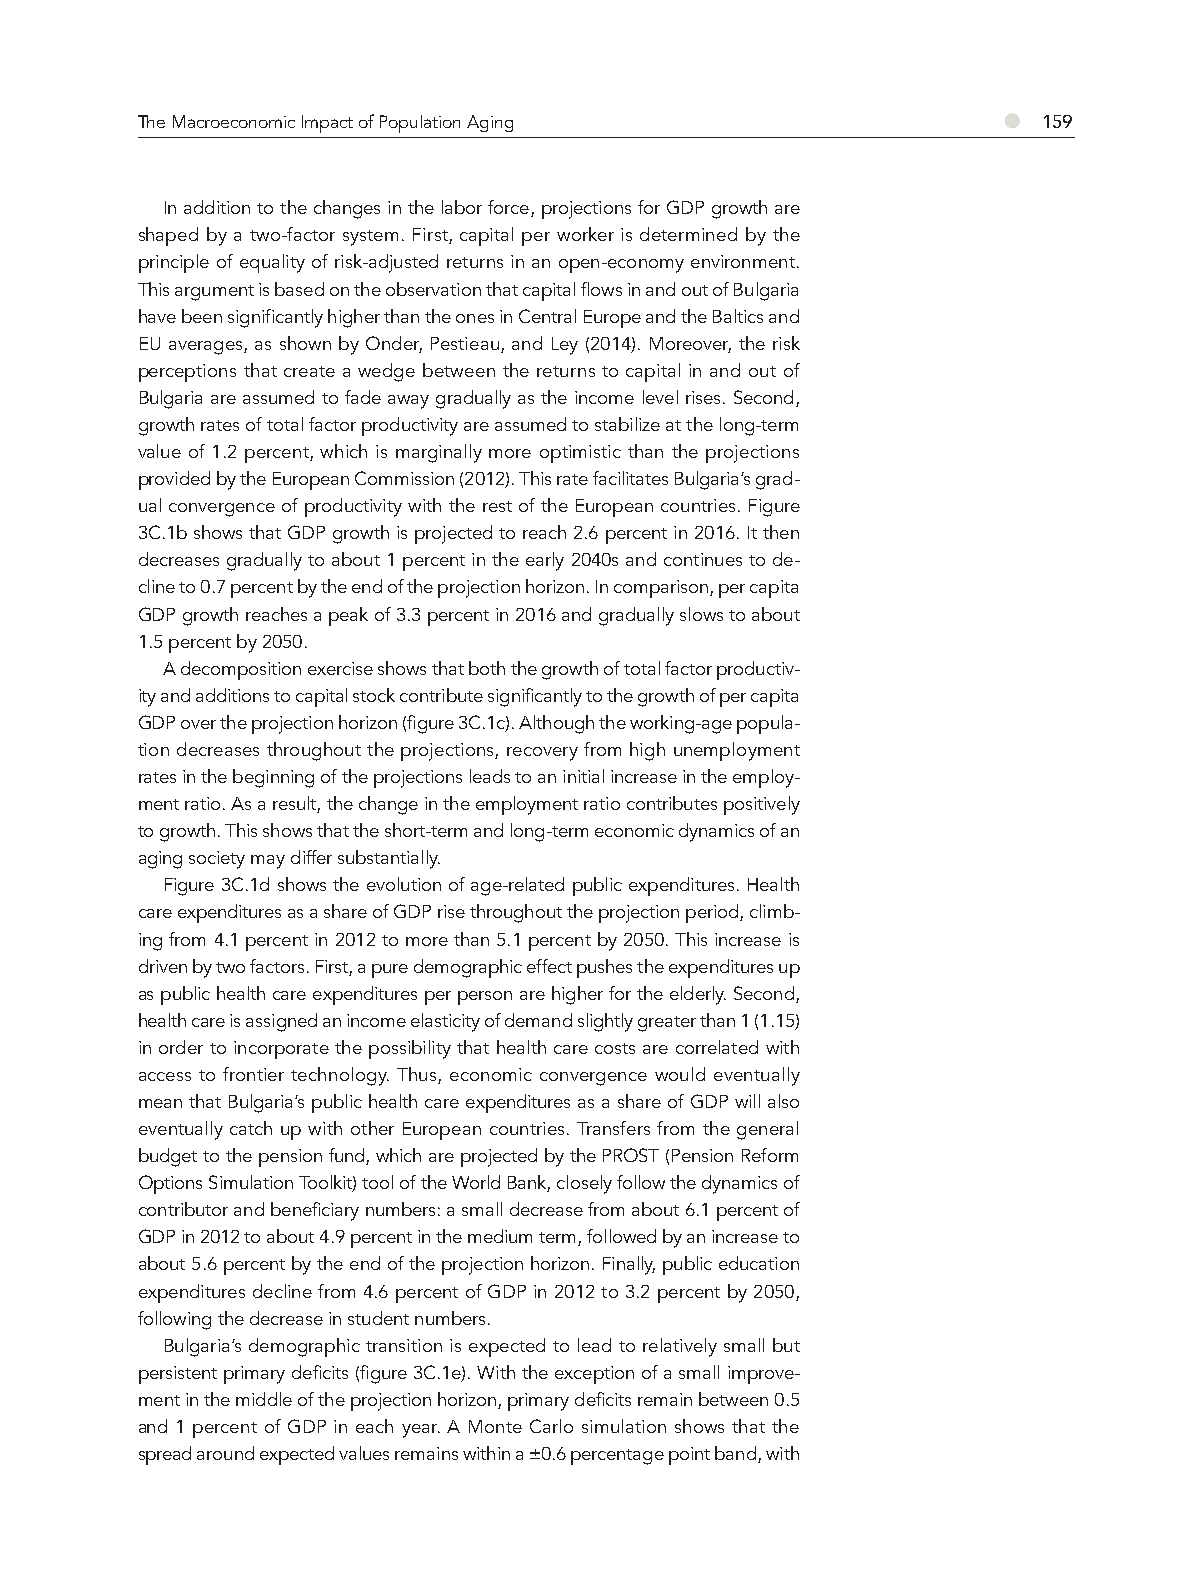
●
 The Macroeconomic Impact of Population Aging                159
 In addition to the changes in the labor force, projections for GDP growth are
 shaped by a two-factor system. First, capital per worker is determined by the
 principle of equality of risk-adjusted returns in an open-economy environment.
 This argument is based on the observation that capital flows in and out of Bulgaria
 have been significantly higher than the ones in Central Europe and the Baltics and
 EU averages, as shown by Onder, Pestieau, and Ley (2014). Moreover, the risk
 perceptions that create a wedge between the returns to capital in and out of
 Bulgaria are assumed to fade away gradually as the income level rises. Second,
 growth rates of total factor productivity are assumed to stabilize at the long-term
 value of 1.2 percent, which is marginally more optimistic than the projections
 provided by the European Commission (2012). This rate facilitates Bulgaria’s grad-
 ual convergence of productivity with the rest of the European countries. Figure
 3C.1b shows that GDP growth is projected to reach 2.6 percent in 2016. It then
 decreases gradually to about 1 percent in the early 2040s and continues to de-
 cline to 0.7 percent by the end of the projection horizon. In comparison, per capita
 GDP growth reaches a peak of 3.3 percent in 2016 and gradually slows to about
 1.5 percent by 2050.
 A decomposition exercise shows that both the growth of total factor productiv-
 ity and additions to capital stock contribute significantly to the growth of per capita
 GDP over the projection horizon (figure 3C.1c). Although the working-age popula-
 tion decreases throughout the projections, recovery from high unemployment
 rates in the beginning of the projections leads to an initial increase in the employ-
 ment ratio. As a result, the change in the employment ratio contributes positively
 to growth. This shows that the short-term and long-term economic dynamics of an
 aging society may differ substantially.
 Figure 3C.1d shows the evolution of age-related public expenditures. Health
 care expenditures as a share of GDP rise throughout the projection period, climb-
 ing from 4.1 percent in 2012 to more than 5.1 percent by 2050. This increase is
 driven by two factors. First, a pure demographic effect pushes the expenditures up
 as public health care expenditures per person are higher for the elderly. Second,
 health care is assigned an income elasticity of demand slightly greater than 1 (1.15)
 in order to incorporate the possibility that health care costs are correlated with
 access to frontier technology. Thus, economic convergence would eventually
 mean that Bulgaria’s public health care expenditures as a share of GDP will also
 eventually catch up with other European countries. Transfers from the general
 budget to the pension fund, which are projected by the PROST (Pension Reform
 Options Simulation Toolkit) tool of the World Bank, closely follow the dynamics of
 contributor and beneficiary numbers: a small decrease from about 6.1 percent of
 GDP in 2012 to about 4.9 percent in the medium term, followed by an increase to
 about 5.6 percent by the end of the projection horizon. Finally, public education
 expenditures decline from 4.6 percent of GDP in 2012 to 3.2 percent by 2050,
 following the decrease in student numbers.
 Bulgaria’s demographic transition is expected to lead to relatively small but
 persistent primary deficits (figure 3C.1e). With the exception of a small improve-
 ment in the middle of the projection horizon, primary deficits remain between 0.5
 and 1 percent of GDP in each year. A Monte Carlo simulation shows that the
 spread around expected values remains within a ±0.6 percentage point band, with